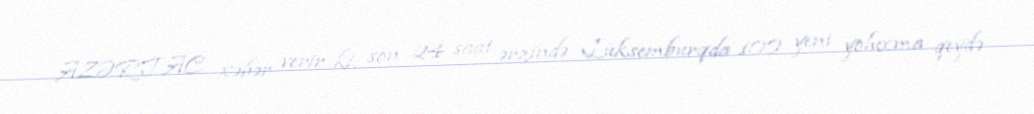
AZƏRTAC xəbər verir ki, son 24 saat ərzində Lüksemburqda 100 yeni yoluxma qeydə